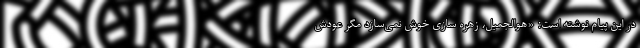
در این پیام نوشته است: «هوالجمیل، زُهره سازی خوش نمی‌سازد مگر عودش